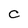
Character: C